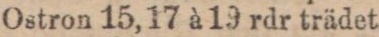
Ostron 15, 17 à 19 rdr trädet.